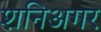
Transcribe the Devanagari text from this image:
शनिअगर